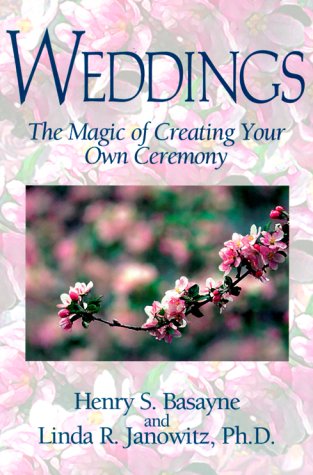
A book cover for Weddings: The Magic of Creating Your Own Ceremony; Henry S. Basayne; Crafts, Hobbies & Home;